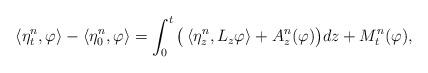
LaTeX: \begin{align*}\left< \eta_{t}^{n},\varphi\right> -\left< \eta_{0}^{n},\varphi\right> =\int_{0}^{t} \big( \left< \eta_{z}^{n},L_{z}\varphi\right> + A^{n}_{z}(\varphi) \big) dz+M_{t}^{n}(\varphi),\end{align*}